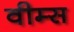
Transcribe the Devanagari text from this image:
वीम्स